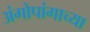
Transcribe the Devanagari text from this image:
अंगोपांगाच्या